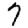
Digit: 7